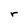
Character: r